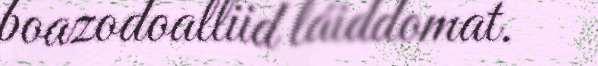
boazodoalliid láiddomat.